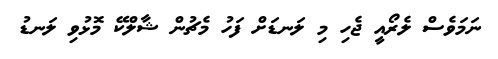
ނަމަވެސް ލެރޯއީ ޖެހި މި ލަނޑަށް ފަހު މެޗުން ޝާލްކޭ މޮޅުވި ލަނޑު